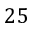
2 5